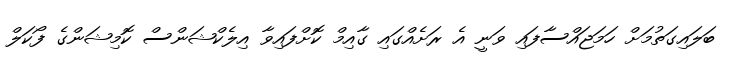
ބަލައިގަތުމަށް ހަމަޖައްސާފައި ވަނީ އެ ރަށެއްގައި ގާއިމް ކޮށްފައިވާ އިލެކްޝަންސް ކޮމިޝަންގެ ފޯކަލް